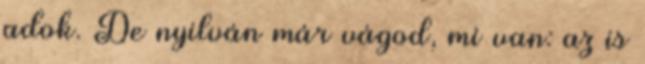
adok. De nyilván már vágod, mi van: az is